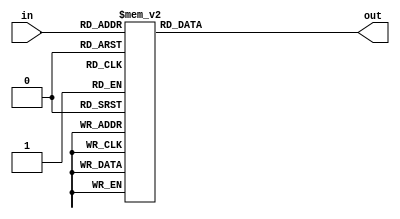
module DECODER(in,out);
	input[3:0]in;
	output reg [6:0]out;
	
	always@(*)
	begin
		case(in)
			4'b0000: out=7'b0111111;
			4'b0001: out=7'b0000110;
			4'b0010: out=7'b1011011;
			4'b0011: out=7'b1001111;
			4'b0100: out=7'b1100110;
			4'b0101: out=7'b1101101;
			4'b0110: out=7'b1111101;
			4'b0111: out=7'b0000111;
			4'b1000: out=7'b1111111;
			4'b1001: out=7'b1101111;
			4'b1010: out=7'b0111111;
			4'b1011: out=7'b0000110;
			4'b1100: out=7'b1011011;
			4'b1101: out=7'b1001111;
			4'b1110: out=7'b1100110;
			4'b1111: out=7'b1101101;
		endcase
	end
endmodule